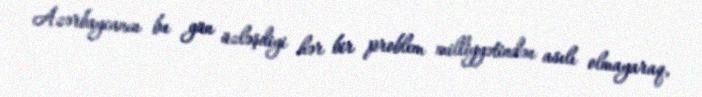
Azərbaycanın bu gün üzləşdiyi hər bir problem milliyyətindən asılı olmayaraq,